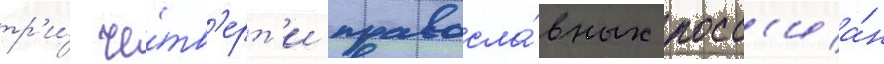
тр'и́ че́тв'ерт'и правосла́вных росс'иа́н